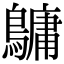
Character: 𪅟